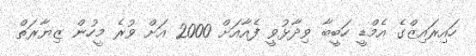
ހައިރައިޒްގެ އެމްޑީ ހަބީބާ ވިދާޅުވީ ފެއާއަށް 2000 އަށް ވުރެ މީހުން ޒިޔާރަތް